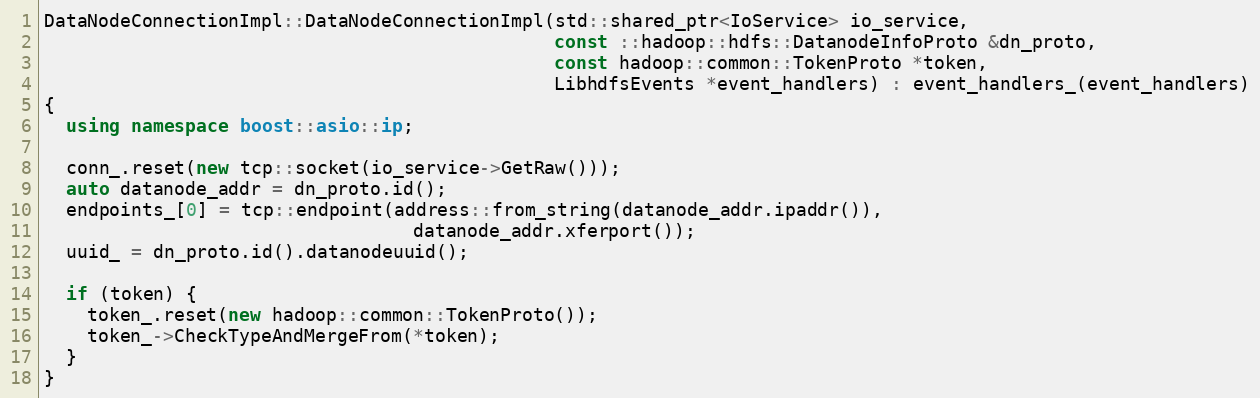
Language: C++
DataNodeConnectionImpl::DataNodeConnectionImpl(std::shared_ptr<IoService> io_service,
                                               const ::hadoop::hdfs::DatanodeInfoProto &dn_proto,
                                               const hadoop::common::TokenProto *token,
                                               LibhdfsEvents *event_handlers) : event_handlers_(event_handlers)
{
  using namespace boost::asio::ip;

  conn_.reset(new tcp::socket(io_service->GetRaw()));
  auto datanode_addr = dn_proto.id();
  endpoints_[0] = tcp::endpoint(address::from_string(datanode_addr.ipaddr()),
                                  datanode_addr.xferport());
  uuid_ = dn_proto.id().datanodeuuid();

  if (token) {
    token_.reset(new hadoop::common::TokenProto());
    token_->CheckTypeAndMergeFrom(*token);
  }
}